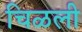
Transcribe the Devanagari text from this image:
चिळली